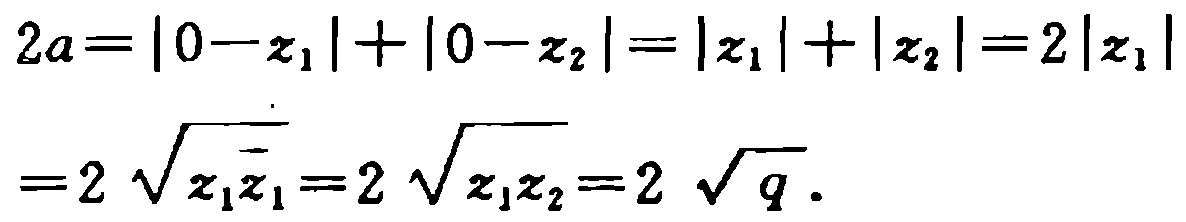
\[
\begin{align*}
2a&=|0 - z_1|+|0 - z_2|=|z_1|+|z_2| = 2|z_1|\\
&=2\sqrt{z_1\overline{z_1}}=2\sqrt{z_1z_2}=2\sqrt{q}.
\end{align*}
\]